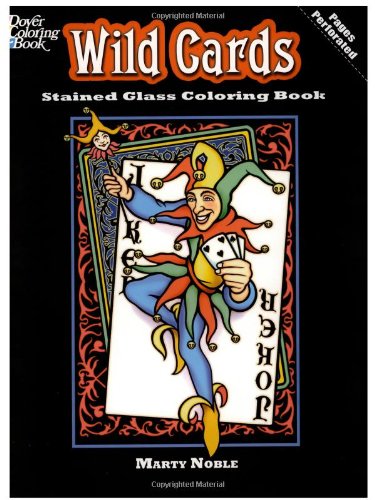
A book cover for Wild Cards Stained Glass Coloring Book (Dover Stained Glass Coloring Book); Crafts, Hobbies & Home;